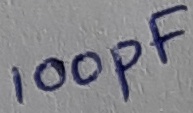
Text: 100pF